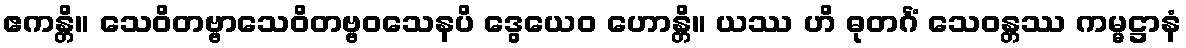
ဧကန္တိ။ သေဝိတဗ္ဗာသေဝိတဗ္ဗဝသေနပိ ဒွေယေဝ ဟောန္တိ။ ယဿ ဟိ ဓုတင်္ဂံ သေဝန္တဿ ကမ္မဋ္ဌာနံ